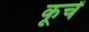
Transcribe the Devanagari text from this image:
कूचें